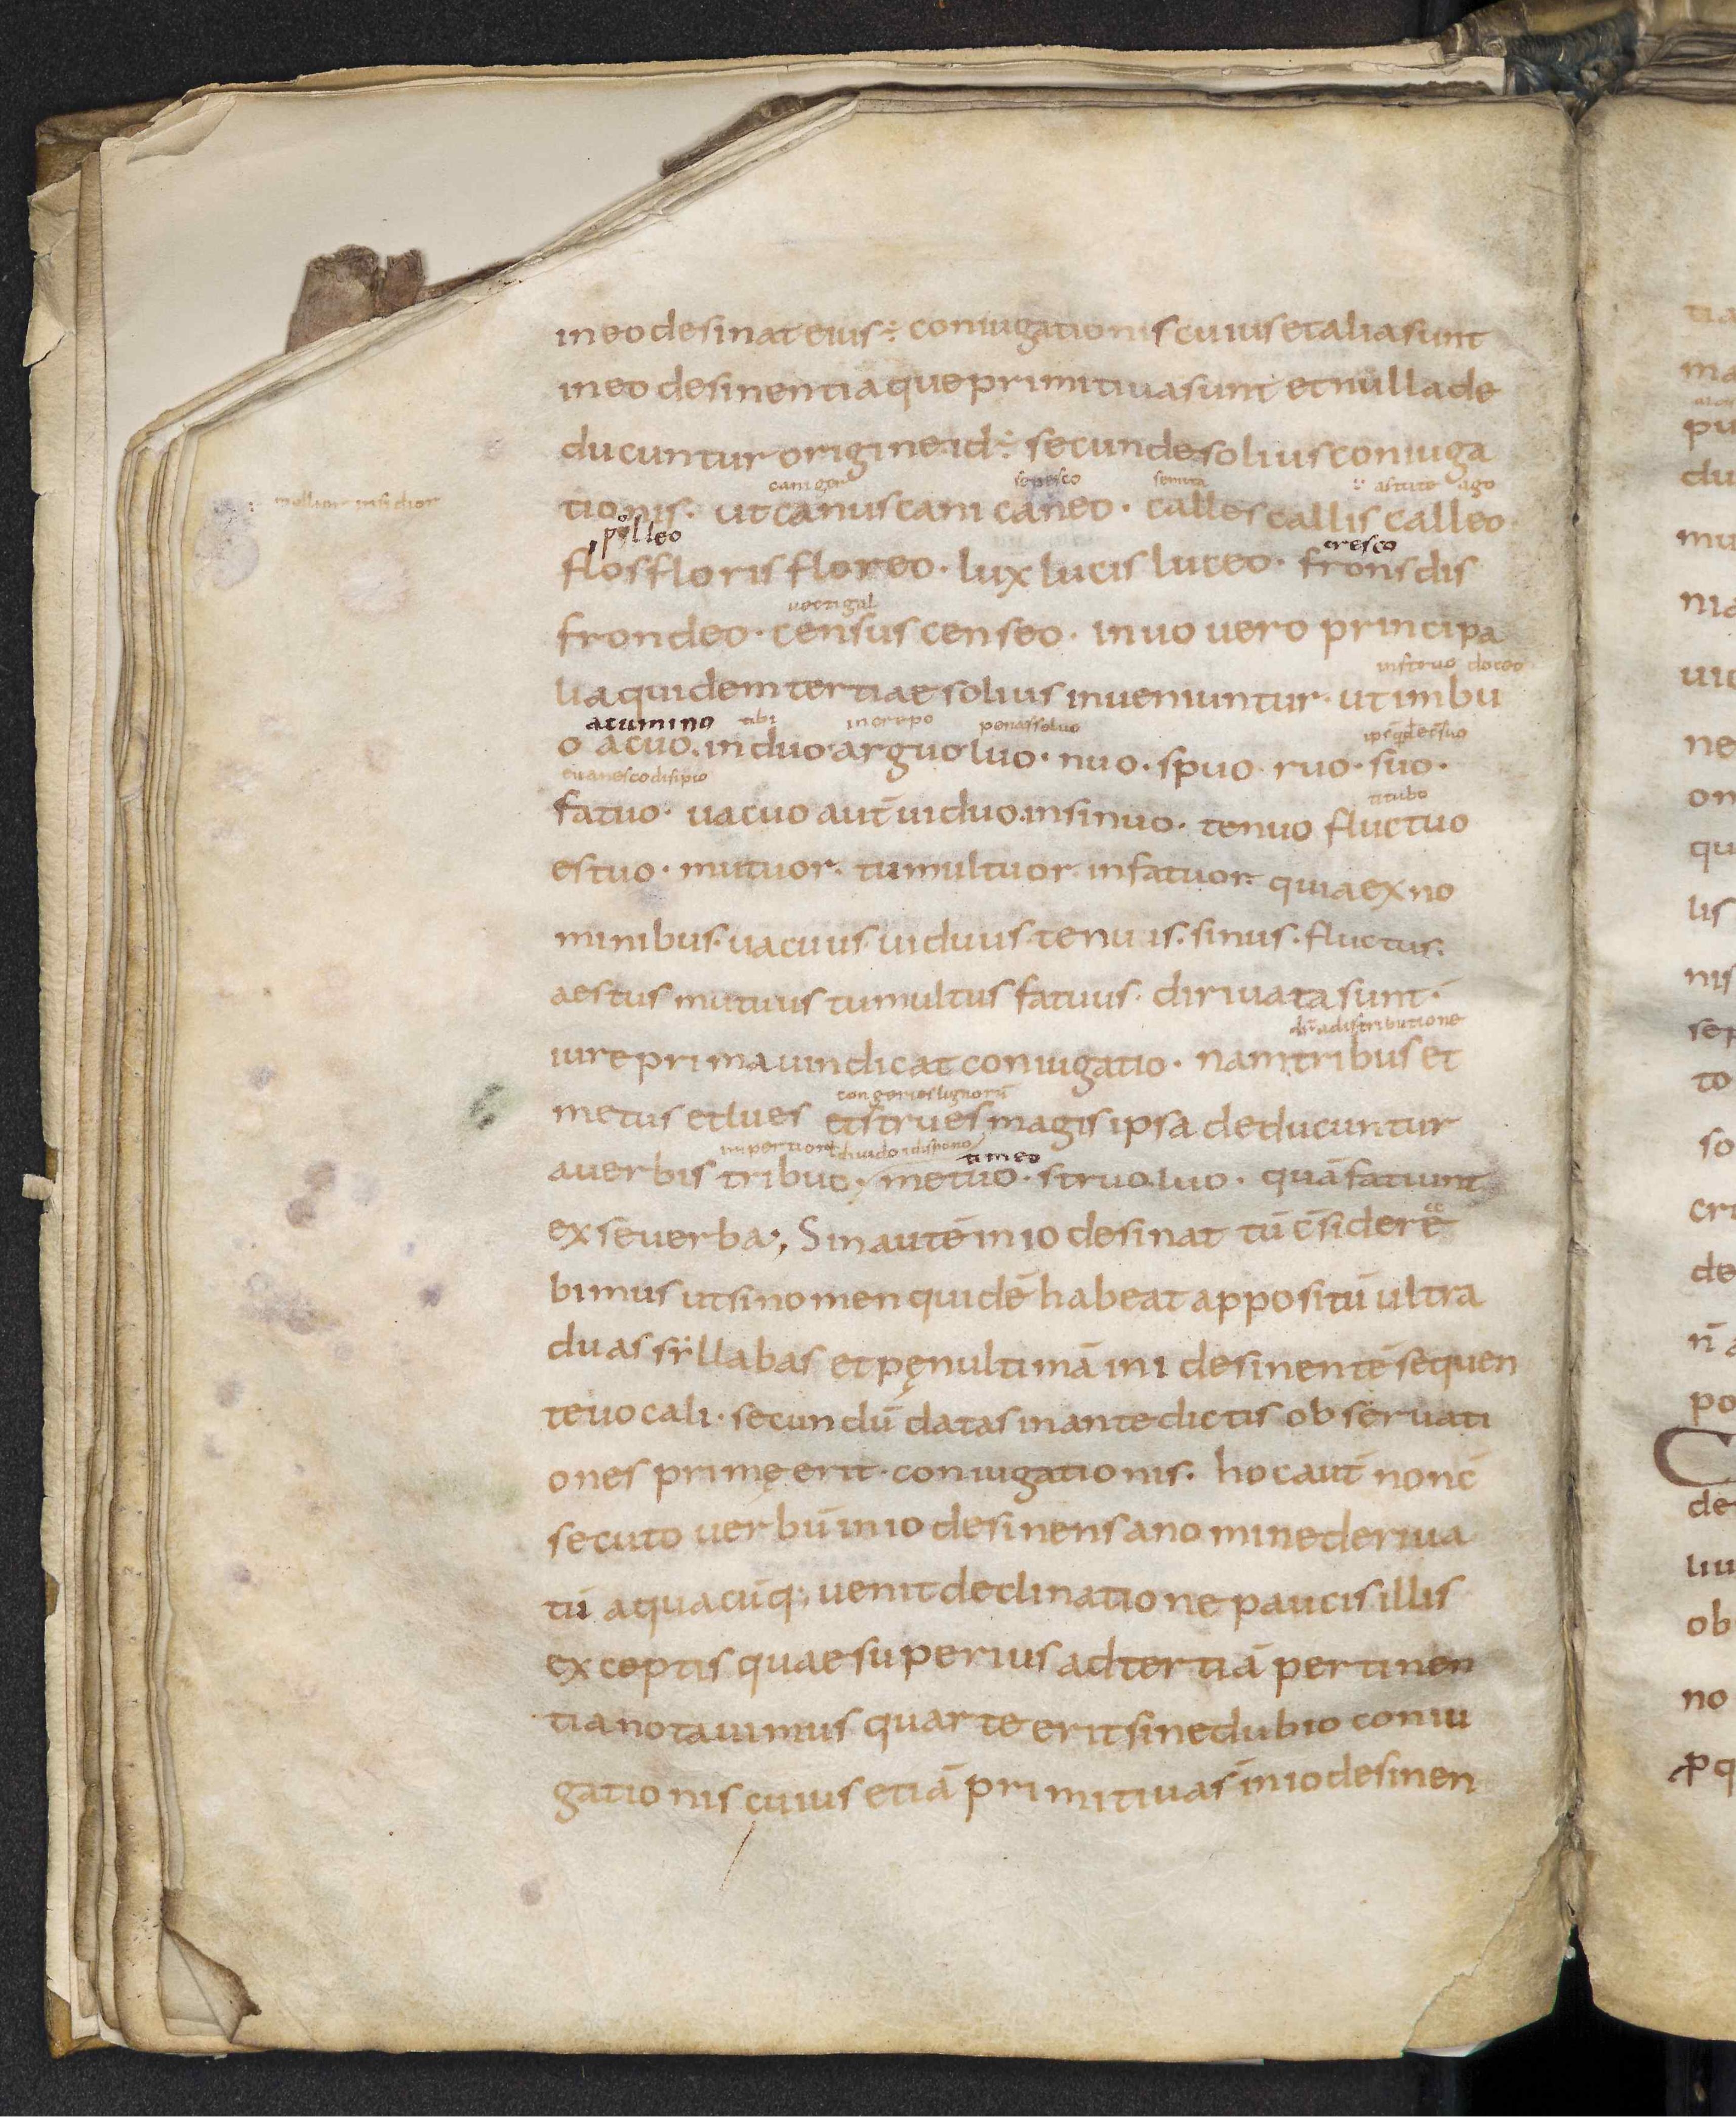
Shelfmark: Leiden, Bibliotheek der Rijksuniversiteit, Voss. Lat. O 41
Century: 9